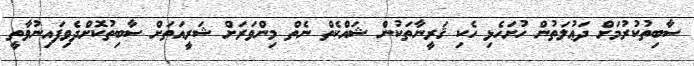
ސާބިތުކުރުމަށް ދަޢުލަތުން ހުށަހެޅި ހެކި ޤަރީނާތަކުން ޝައްކެތް ނެތް މިންވަރަށް ޝަރީއަތަށް ސާބިތުކޮށްދެވިފައިނުވާތީ